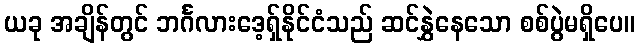
ယခု အချိန်တွင် ဘင်္ဂလားဒေ့ရှ်နိုင်ငံသည် ဆင်နွှဲနေသော စစ်ပွဲမရှိပေ။